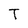
Character: T